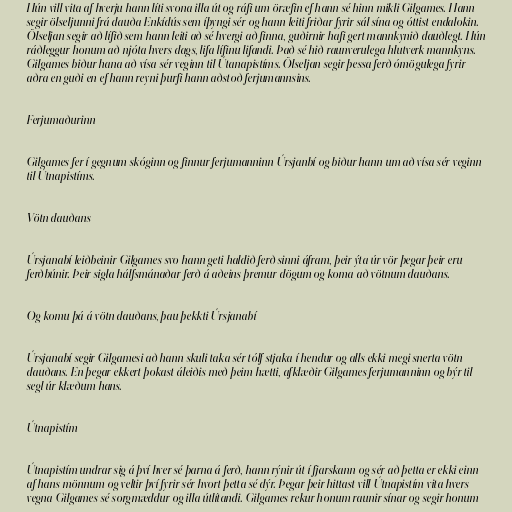
Hún vill vita af hverju hann líti svona illa út og ráfi um öræfin ef hann sé hinn mikli Gilgames. Hann
segir ölseljunni frá dauða Enkídús sem íþyngi sér og hann leiti friðar fyrir sál sína og óttist endalokin.
Ölseljan segir að lífið sem hann leiti að sé hvergi að finna, guðirnir hafi gert mannkynið dauðlegt. Hún
ráðleggur honum að njóta hvers dags, lifa lífinu lifandi. Það sé hið raunverulega hlutverk mannkyns.
Gilgames biður hana að vísa sér veginn til Útanapistíms. Ölseljan segir þessa ferð ómögulega fyrir
aðra en guði en ef hann reyni þurfi hann aðstoð ferjumannsins.

Ferjumaðurinn

Gilgames fer í gegnum skóginn og finnur ferjumanninn Úrsjanbí og biður hann um að vísa sér veginn
til Útnapistíms.

Vötn dauðans

Úrsjanabí leiðbeinir Gilgames svo hann geti haldið ferð sinni áfram, þeir ýta úr vör þegar þeir eru
ferðbúnir. Þeir sigla hálfsmánaðar ferð á aðeins þremur dögum og koma að vötnum dauðans.

Og komu þá á vötn dauðans, þau þekkti Úrsjanabí

Úrsjanabí segir Gilgamesi að hann skuli taka sér tólf stjaka í hendur og alls ekki megi snerta vötn
dauðans. En þegar ekkert þokast áleiðis með þeim hætti, afklæðir Gilgames ferjumanninn og býr til
segl úr klæðum hans.

Útnapistím

Útnapistím undrar sig á því hver sé þarna á ferð, hann rýnir út í fjarskann og sér að þetta er ekki einn
af hans mönnum og veltir því fyrir sér hvort þetta sé dýr. Þegar þeir hittast vill Útnapistím vita hvers
vegna Gilgames sé sorgmæddur og illa útlítandi. Gilgames rekur honum raunir sínar og segir honum